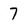
Character: 7